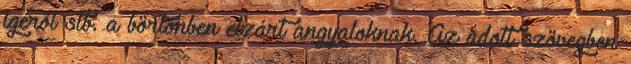
igéről stb. a börtönben elzárt angyaloknak. Az adott szövegben